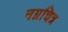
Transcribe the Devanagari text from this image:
नग्नचित्र